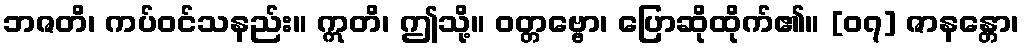
ဘဇတိ၊ ကပ်ဝင်သနည်း။ ဣတိ၊ ဤသို့။ ဝတ္တဗ္ဗော၊ ပြောဆိုထိုက်၏။ [၀၇] ဇာနန္တော၊